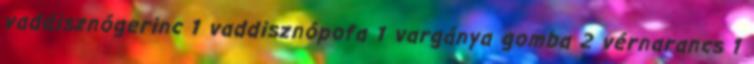
vaddisznógerinc 1 vaddisznópofa 1 vargánya gomba 2 vérnarancs 1